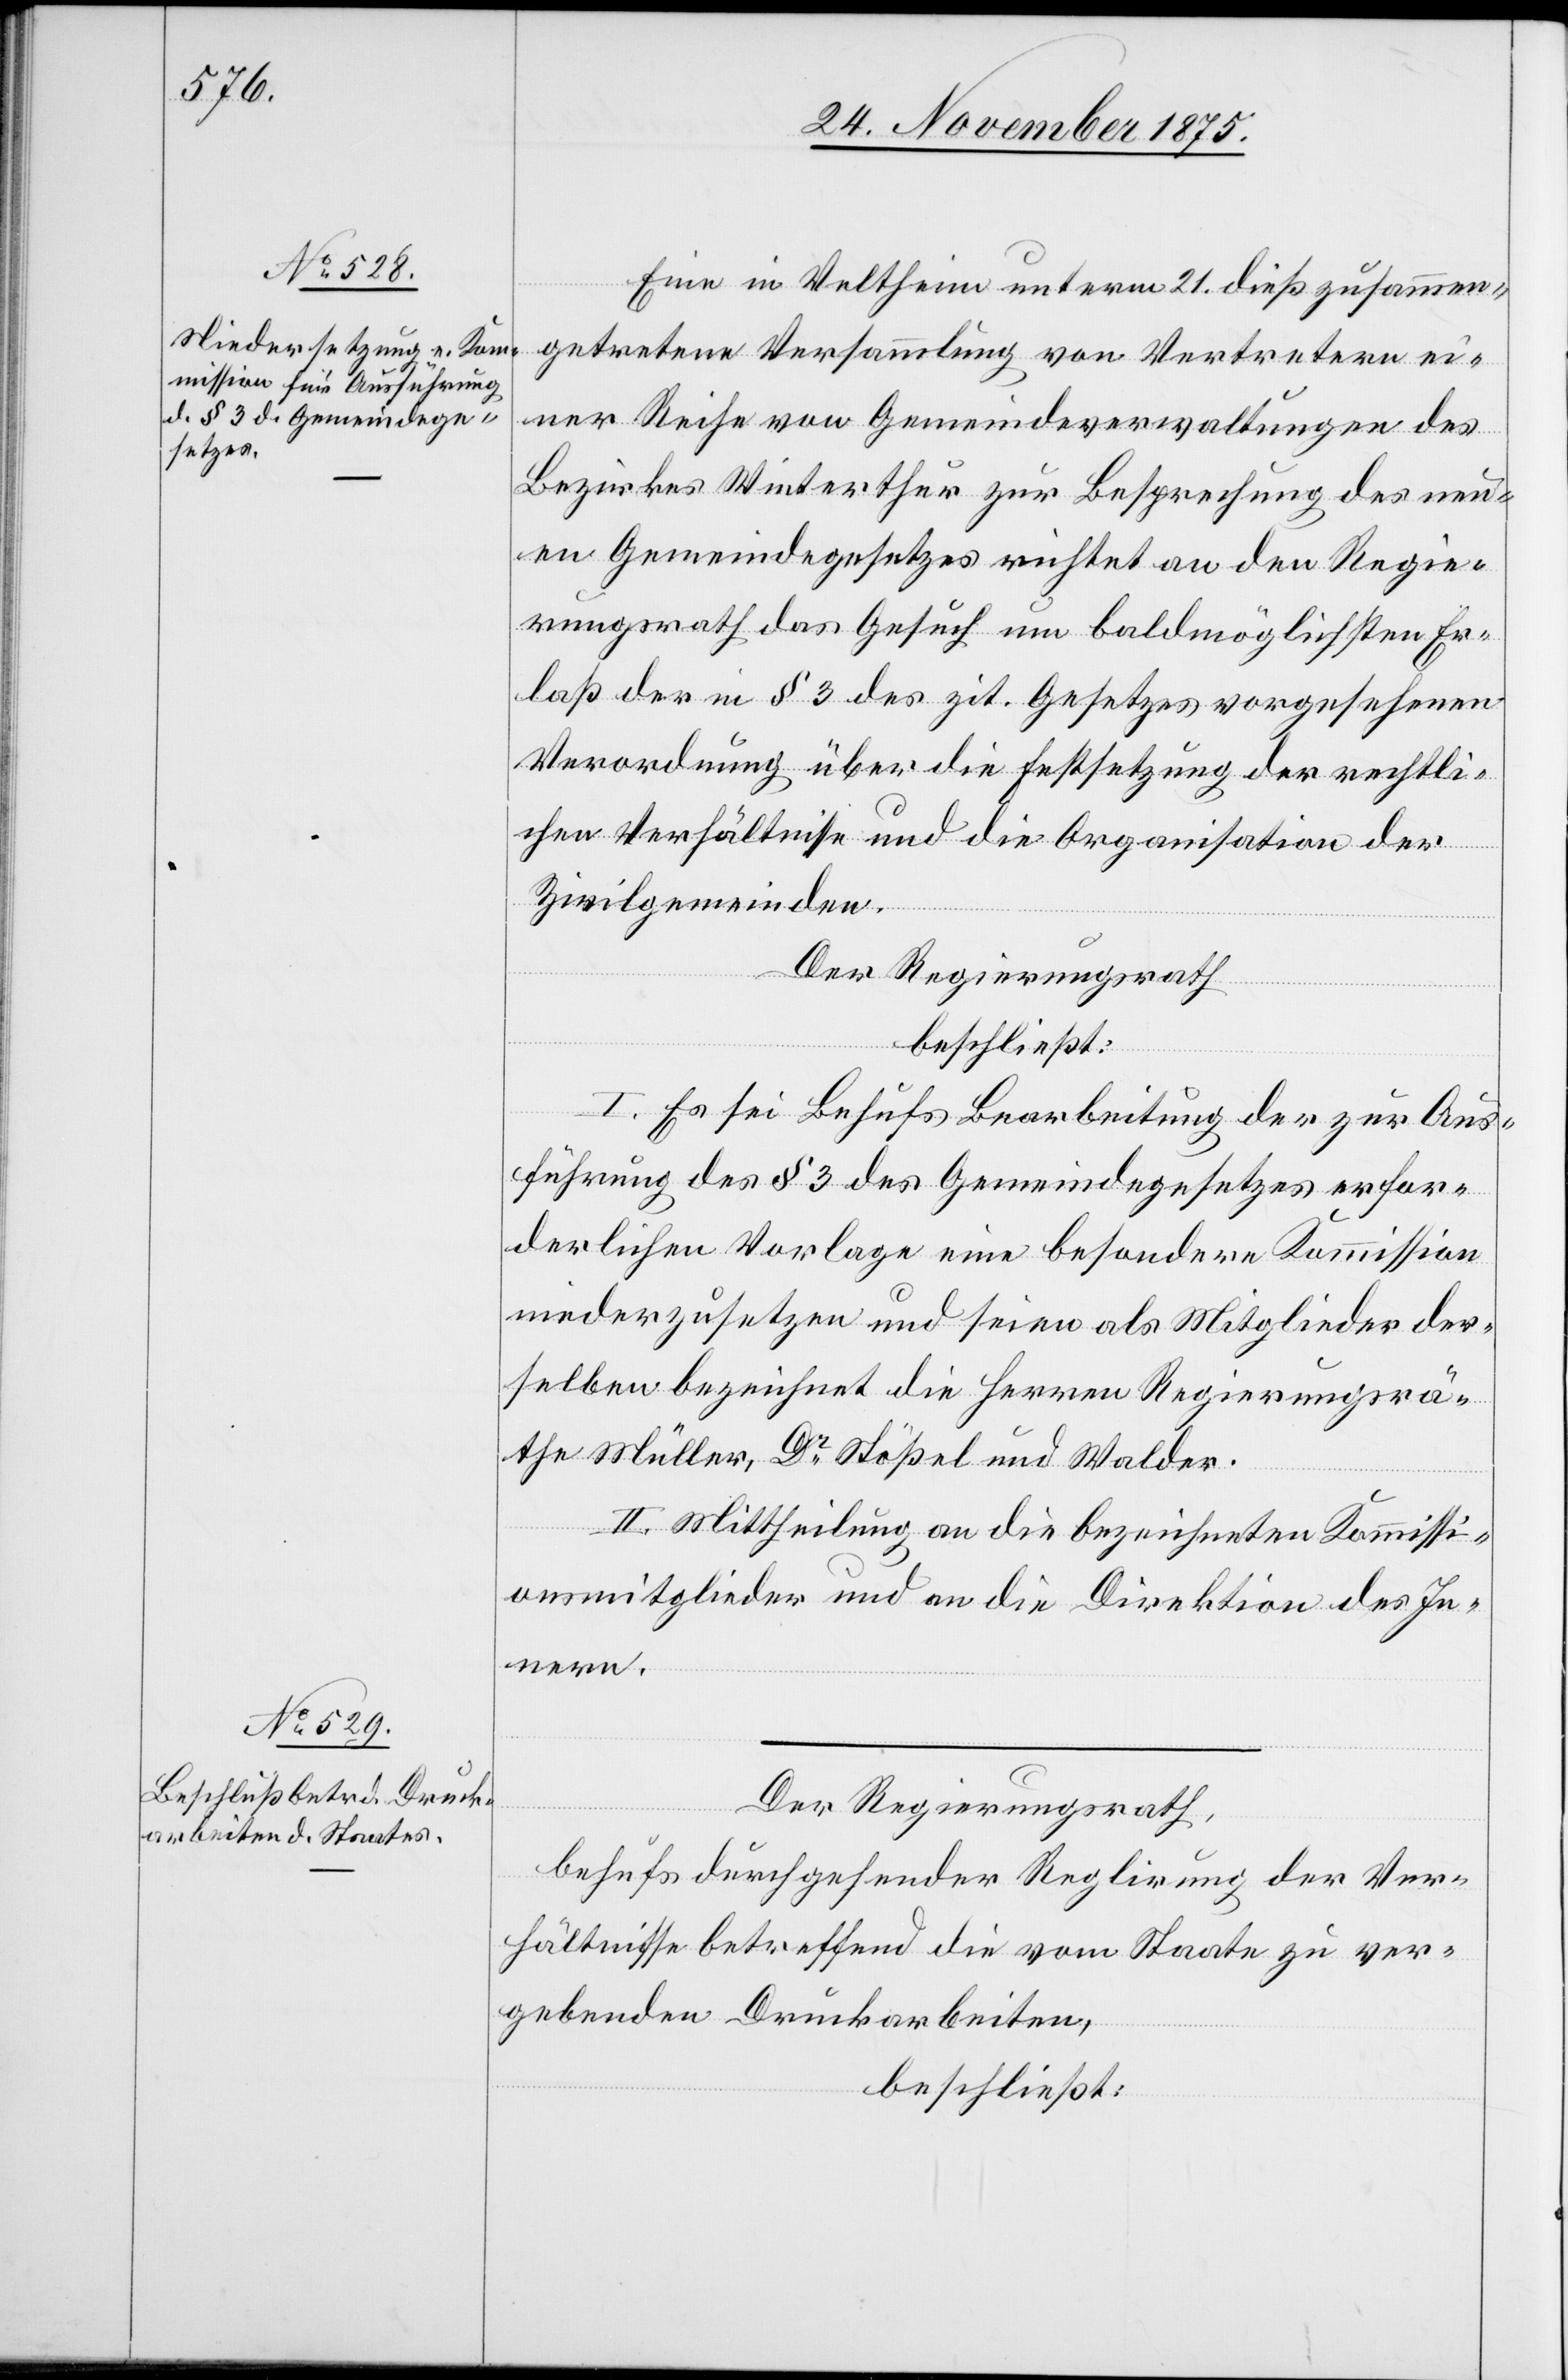
Eine in Veltheim unterm 21. dieß zusammen¬
getretene Versammlung von Vertretern ei¬
ner Reihe von Gemeindeverwaltungen des
Bezirkes Winterthur zur Besprechung des neu¬
en Gemeindegesetzes richtet an den Regie¬
rungsrath das Gesuch um baldmöglichsten Er¬
laß der in § 3 des zit. Gesetzes vorgesehenen
Verordnung über die Festsetzung der rechtli¬
chen Verhältnisse und die Organisation der
Zivilgemeinden.
Der Regierungsrath
beschließt:
I. Es sei Behufs Bearbeitung der zur Aus¬
führung des § 3 des Gemeindegesetzes erfor¬
derlichen Vorlage eine besondere Kommission
niederzusetzen und seien als Mitglieder der¬
selben bezeichnet die Herren Regierungsrä¬
the Müller, Dr Stößel und Walder.
II. Mittheilung an die bezeichneten Kommissi¬
onsmitglieder und an die Direktion des In¬
nern.
Der Regierungsrath,
behufs durchgehender Reglirung der Ver¬
hältnisse betreffend die vom Staate zu ver¬
gebenden Druckarbeiten,
beschließt: